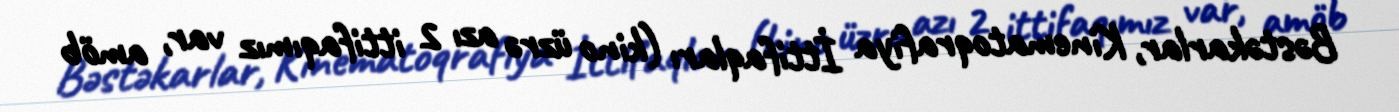
Bəstəkarlar, Kinematoqrafiya İttifaqları (kino üzrə azı 2 ittifaqımız var, amöb